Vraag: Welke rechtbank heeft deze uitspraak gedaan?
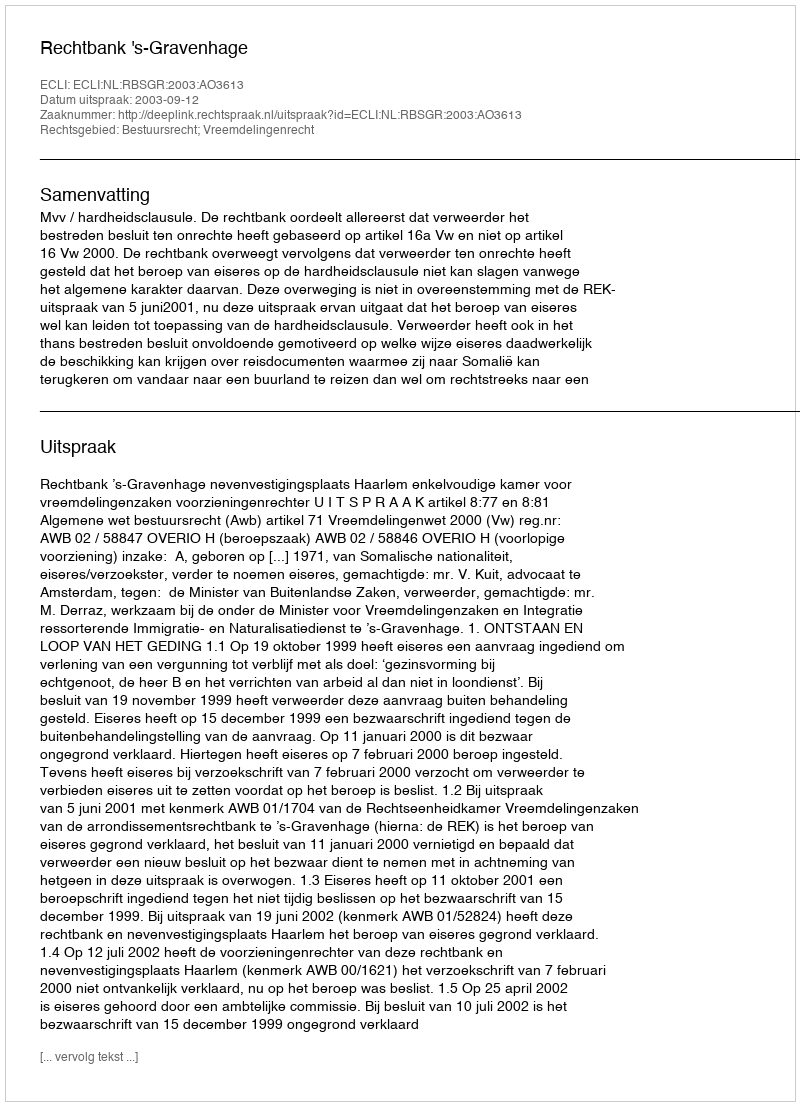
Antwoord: Rechtbank 's-Gravenhage